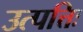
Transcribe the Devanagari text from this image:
उत्पत्तिः